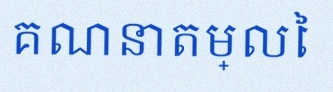
គណនាតម្លៃ